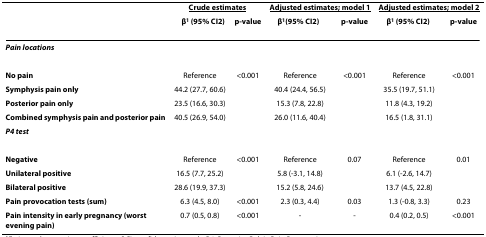
|  | <COLSPAN=2> <underline>Crude estimates</underline> | <COLSPAN=2> <underline>Adjusted estimates; model 1</underline> | <COLSPAN=2> <underline>Adjusted estimates; model 2</underline> |
 |  | β1 (95% CI2) | p-value | β1 (95% CI2) | p-value | β1 (95% CI2) | p-value |
 | --- | --- | --- | --- | --- | --- | --- |
 | Pain locations |  |  |  |  |  |  |
 | No pain | Reference | <0.001 | Reference | <0.001 | Reference | <0.001 |
 | Symphysis pain only | 44.2 (27.7, 60.6) |  | 40.4 (24.4, 56.5) |  | 35.5 (19.7, 51.1) |  |
 | Posterior pain only | 23.5 (16.6, 30.3) |  | 15.3 (7.8, 22.8) |  | 11.8 (4.3, 19.2) |  |
 | Combined symphysis pain and posterior pain | 40.5 (26.9, 54.0) |  | 26.0 (11.6, 40.4) |  | 16.5 (1.8, 31.1) |  |
 | P4 test |  |  |  |  |  |  |
 | Negative | Reference | <0.001 | Reference | 0.07 | Reference | 0.01 |
 | Unilateral positive | 16.5 (7.7, 25.2) |  | 5.8 (-3.1, 14.8) |  | 6.1 (-2.6, 14.7) |  |
 | Bilateral positive | 28.6 (19.9, 37.3) |  | 15.2 (5.8, 24.6) |  | 13.7 (4.5, 22.8) |  |
 | Pain provocation tests (sum) | 6.3 (4.5, 8.0) | <0.001 | 2.3 (0.3, 4.4) | 0.03 | 1.3 (-0.8, 3.3) | 0.23 |
 | Pain intensity in early pregnancy (worst evening pain) | 0.7 (0.5, 0.8) | <0.001 | - | - | 0.4 (0.2, 0.5) | <0.001 |